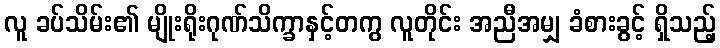
လူ ခပ်သိမ်း၏ မျိုးရိုးဂုဏ်သိက္ခာနှင့်တကွ လူတိုင်း အညီအမျှ ခံစားခွင့် ရှိသည့်